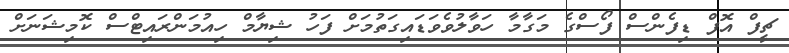
ޗީފް އޮފް ޑިފެންސް ފޯސްގެ މަގާމާ ހަވާލުވެވަޑައިގަތުމަށް ފަހު ޝިޔާމް ހިއުމަންރައިޓްސް ކޮމިޝަނަށް